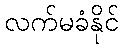
လက်မခံနိုင်